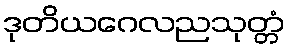
ဒုတိယဂေလညသုတ္တံ